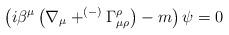
LaTeX: \begin{align*}\left( i\beta ^{\mu }\left( \nabla _{\mu }+^{\left( -\right) }\Gamma _{\mu\rho }^{\rho }\right) -m\right) \psi =0 \end{align*}